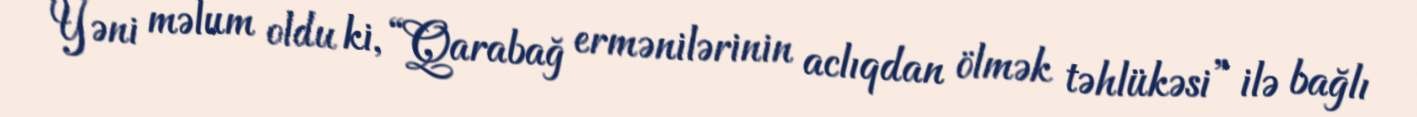
Yəni məlum oldu ki, “Qarabağ ermənilərinin aclıqdan ölmək təhlükəsi” ilə bağlı